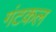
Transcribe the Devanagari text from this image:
गंटकल